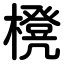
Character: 櫈